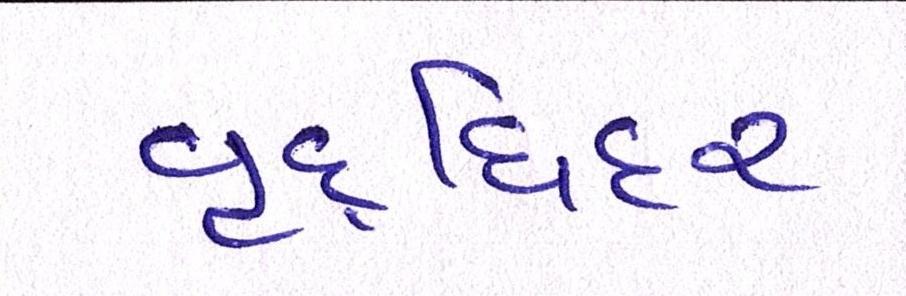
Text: વૃદ્ધિદર